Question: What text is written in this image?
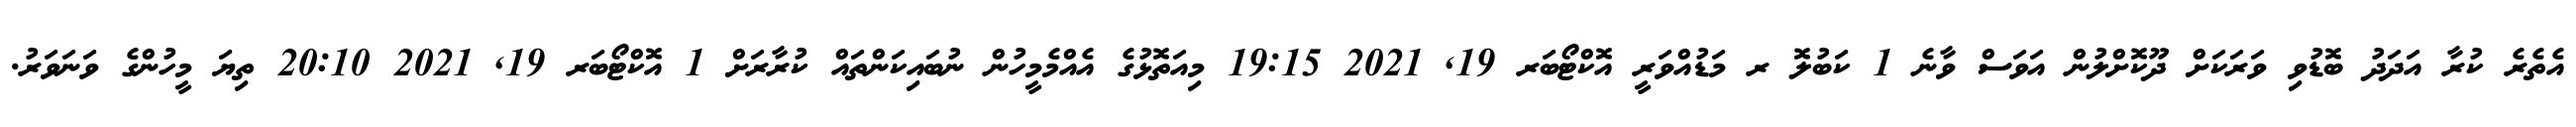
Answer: އެތެރެ ކުރާ އަދަދު ބޮޑުވި ވަރަކަށް ދޫކޮށްލުން އަވަސް ވާނެ 1 ކަބުލޮ ރ މަޑުއްވަރީ އޮކްޓޯބަރ 19, 2021 19:15 މިއަތޮޅުގެ އެއްމެމީހުން ނުބައިކަންތައް ކުރާރަށް 1 އޮކްޓޯބަރ 19, 2021 20:10 ތިޔަ މީހުންގެ ވަނަވަރު.